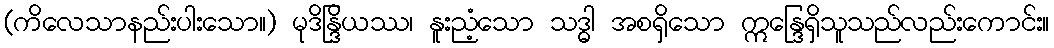
(ကိလေသာနည်းပါးသော။) မုဒိန္ဒြိယဿ၊ နူးညံ့သော သဒ္ဓါ အစရှိသော ဣန္ဒြေရှိသူသည်လည်းကောင်း။